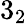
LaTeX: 3_{2}